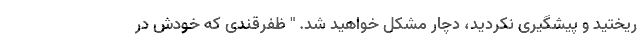
ریختید و پیشگیری نکردید، دچار مشکل خواهید شد. " ظفرقندی که خودش در